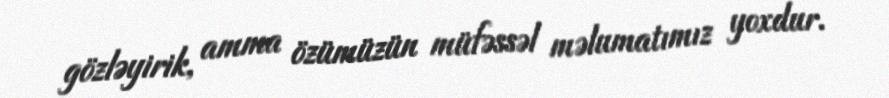
gözləyirik, amma özümüzün müfəssəl məlumatımız yoxdur.